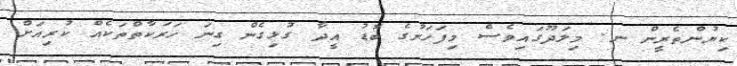
ކިޔުންތެރީން ނ. މިލަދޫގައިވެސް މިފަހަރުގެ ބޮޑު އީދާ ގުޅިގެން ގިނަ ހަރަކާތްތަކެއް ކުރިއަށް